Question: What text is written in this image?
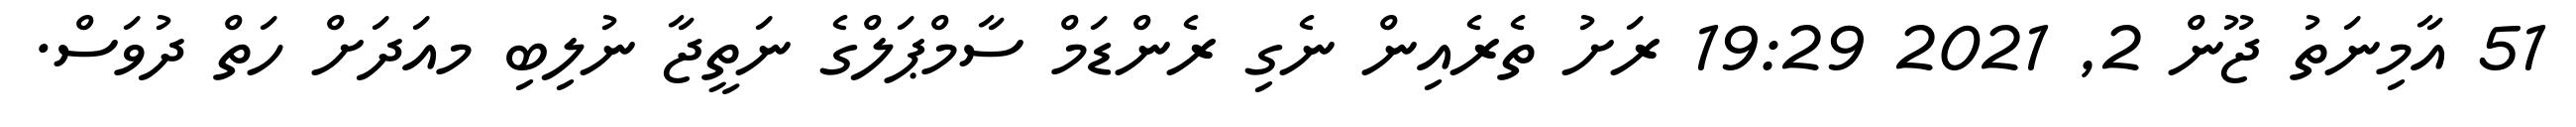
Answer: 51 އާމިނަތު ޖޫން 2, 2021 19:29 ރަށު ތެރެއިން ނެގި ރެންޑަމް ސާމްޕަލްގެ ނަތީޖާ ނުލިބި މއަދަށް ހަތް ދުވަސް.